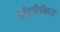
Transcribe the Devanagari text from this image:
पीलीभित